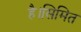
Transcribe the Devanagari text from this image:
है।सिमित